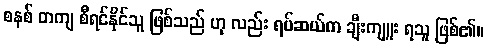
စနစ် တကျ စီရင်နိုင်သူ ဖြစ်သည် ဟု လည်း ရပ်ဆယ်က ချီးကျူး ရသူ ဖြစ်၏။